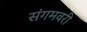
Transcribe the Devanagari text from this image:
संगमवरी